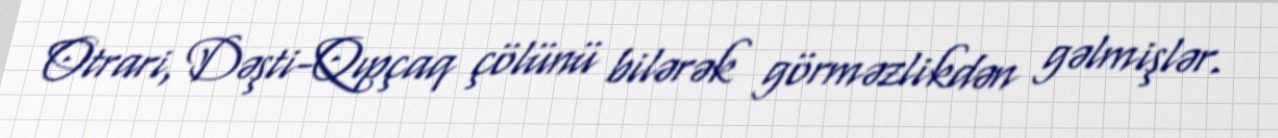
Otrari, Dəşti-Qıpçaq çölünü bilərək görməzlikdən gəlmişlər.